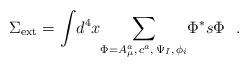
LaTeX: \begin{align*}\Sigma_{{\rm ext}}={\int }d^4x{\sum_{\Phi =A_\mu^a,\,c^a,\,\Psi_I,\,\phi_i}}\Phi^{*}s\Phi ~~. \end{align*}